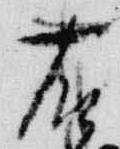
右